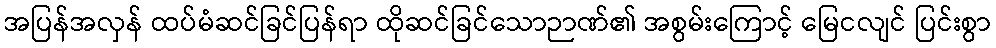
အပြန်အလှန် ထပ်မံဆင်ခြင်ပြန်ရာ ထိုဆင်ခြင်သောဉာဏ်၏ အစွမ်းကြောင့် မြေငလျင် ပြင်းစွာ